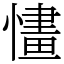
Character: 㦎